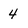
Character: 4